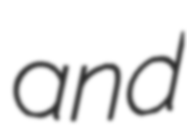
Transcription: and